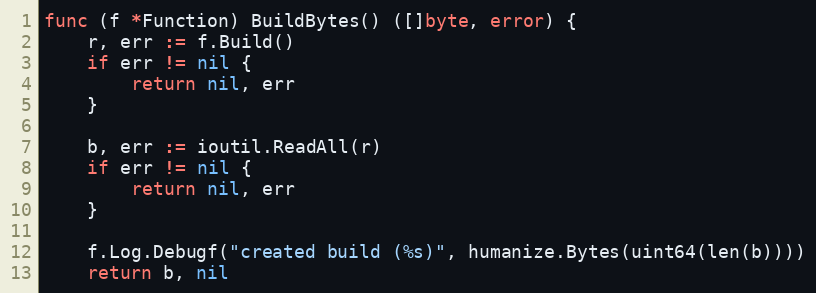
Language: Go
func (f *Function) BuildBytes() ([]byte, error) {
	r, err := f.Build()
	if err != nil {
		return nil, err
	}

	b, err := ioutil.ReadAll(r)
	if err != nil {
		return nil, err
	}

	f.Log.Debugf("created build (%s)", humanize.Bytes(uint64(len(b))))
	return b, nil